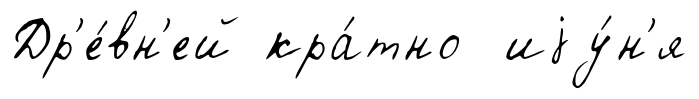
Др'е́вн'ей кра́тно иjу́н'я